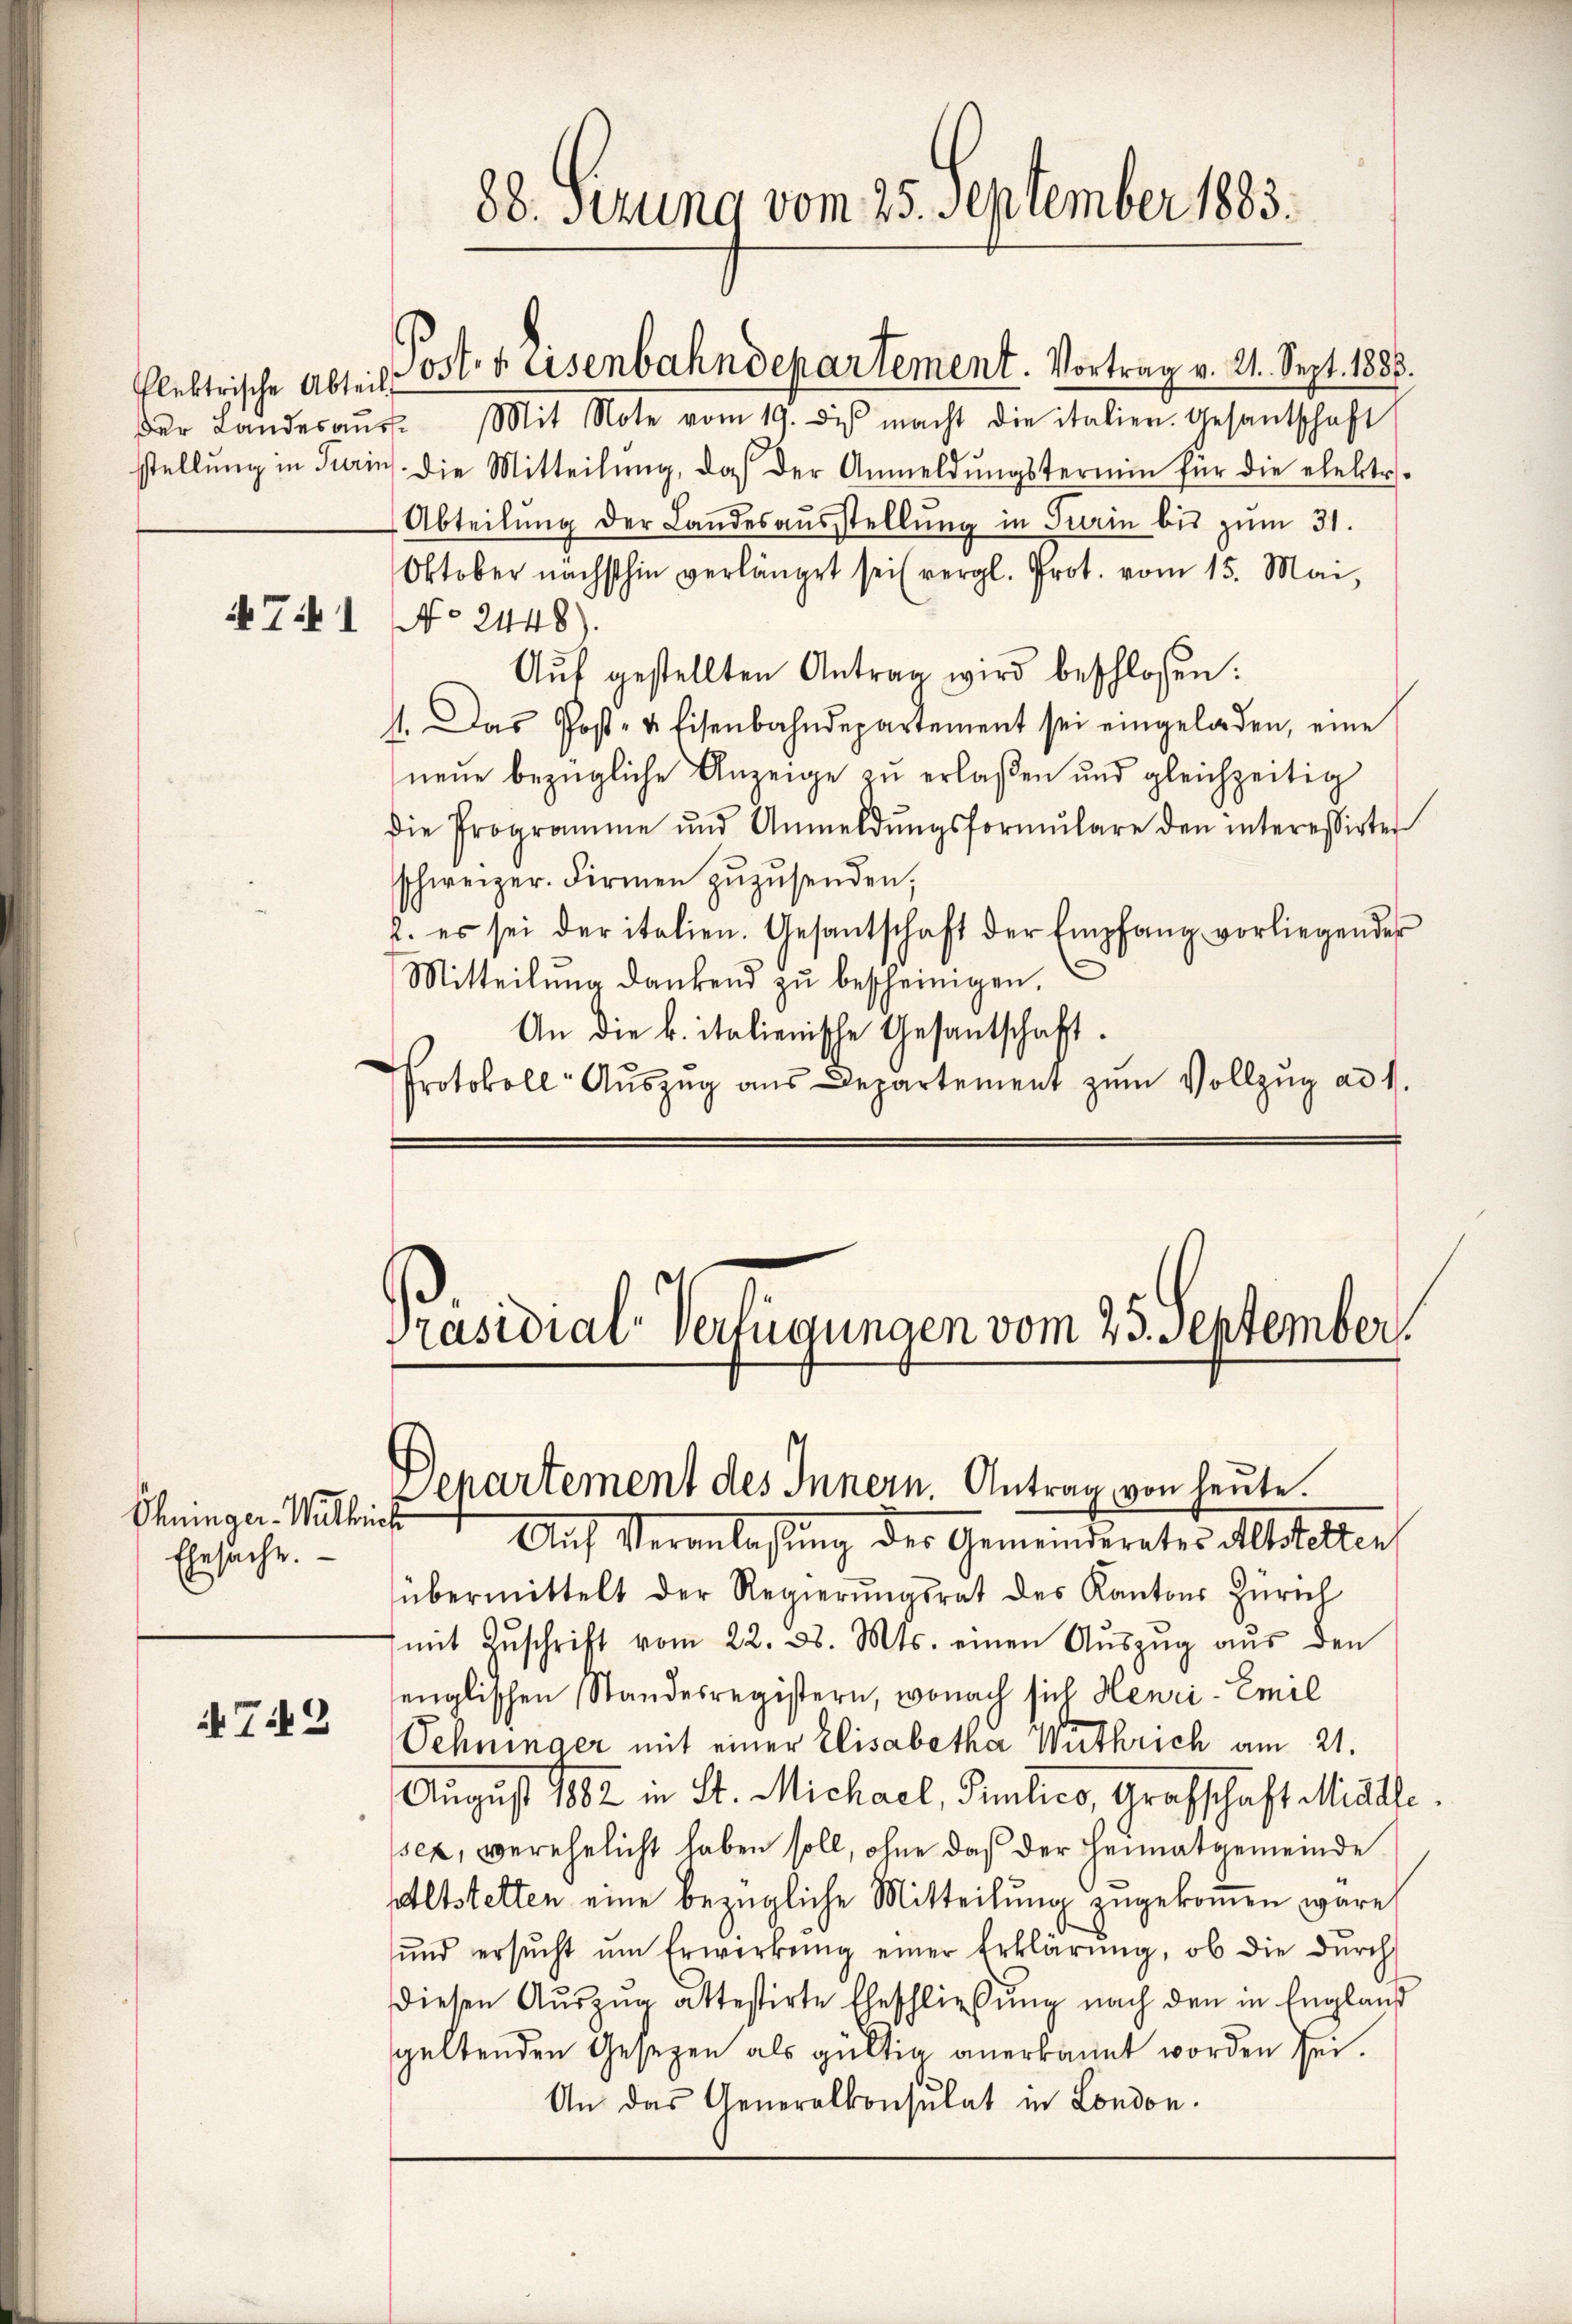
72

Chninger-Witbrief
Ehesache.

der Landesaŭs. Mit Note vom 19. di macht die italien. Gesantschaft
stellung in Turins. Die Mitteilŭng, daß der Anmeldŭngstermin für die elektr.
Abteilung der Landesausstellung in Turin bis zum 31.
Oktober nächsthin verlänget sei (vergl. Prot. vom 15. Mai,
 741 No 2448).
Aŭf gestellten Antrag wird beschlossen:
11. Das Post- u. Eisenbahndepartement sei eingeladen, eine
neŭe bezügliche Anzeige zŭ erlaßen und gleichzeitig
Die Programme und Anmeldŭngsformŭlare den interessirter
schweizer. Firmen zŭzŭsenden;
2. es sei der italien. Gesantschaft der Empfang vorliegender
Mitteilung dankend zu bescheinigen.
An die k. italienische Gesantschaft.
Protokoll-Aŭszŭg aŭs Departement zŭm Vollzŭg ad 1.

88. sezung vom 25. September 1883.

flektrische Abteil Post- u. Eisenbahndepartement. Vortrag v. 21. Sept. 1888.

Präsidial-Verfügungen vom 25. September

Departement des Innern. Antrag von heute.

Auf Veranlassung der Gemeinderates Altstetten
übermittelt der Regierŭngsrat des Kantons Zürich
mit Zŭschrift vom 22. d. Mts. einen Aŭszŭg aŭs den
englischen Standesregistern, wonach sich Henri-Emil
Sehninger mit einer Elisabetha Wirthrich am 21.
August 1882 in St. Michael, Paulico, Grafschaft Middle
sex, verehelicht haben soll, ohne daß der Heimatgemeinde
Altstetten eine bezügliche Mitteilung zugekommen wäre,
ŭnd ersŭcht ŭm Erwirkŭng einer Erklärŭng, ob die dŭrch
diesen Aŭszŭg attestirte Eheschließung nach den in England
geltenden Gesetzen als gültig anerkannt worden sei.
An das Generalkonsulat in London.